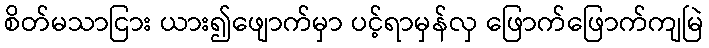
စိတ်မသာငြား ယား၍ဖျောက်မှာ ပင့်ရာမှန်လှ ဖြောက်ဖြောက်ကျမြဲ